Report on vaccination North-West Frontier Province 1904-1922 - 1904-1922
Year: 1904
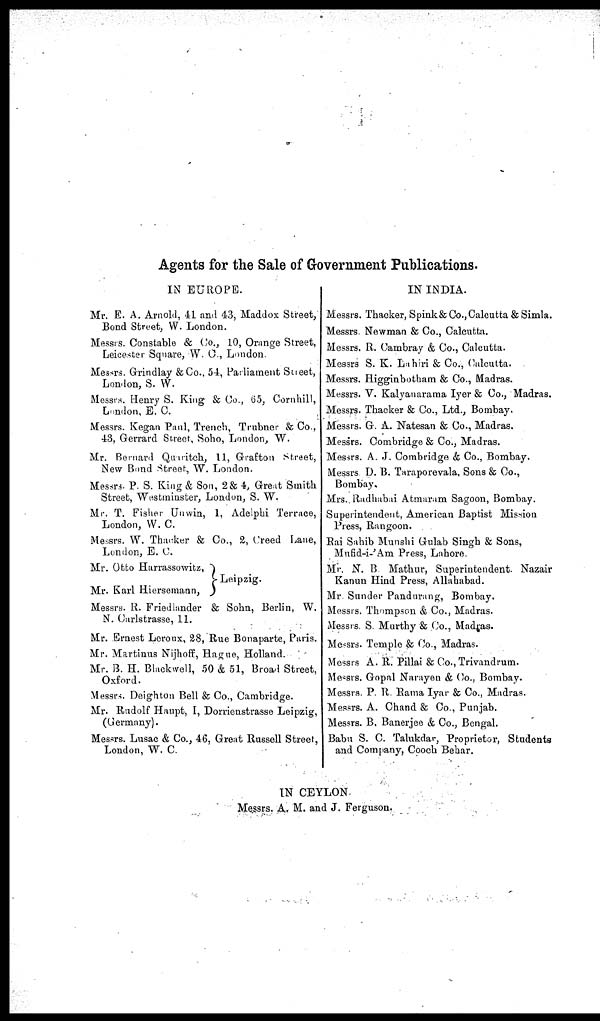
Agents for the Sale of Government Publications.
IN EUROPE.
Mr. E. A. Arnold, 41 and 43, Maddox Street,
Bond Street, W. London.
Messrs. Constable & Co., 10, Orange Street,
Leicester Square, W. C., London
Messrs. Grindlay & Co., 54, Parliament Street,
London, S. W.
Messrs. Henry S. King & Co., 65, Cornhill,
London, E. C.
Messrs. Kegan Paul, Trench, Trubner & Co.,
43, Gerrard Street, Soho, London, W.
Mr. Bernard Quaritch, 11, Grafton Street,
New Bond Street, W. London.
Messrs. P. S. King & Son, 2 & 4, Great Smith
Street, Westminster, London, S. W.
Mr. T. Fisher Unwin, 1, Adelphi Terrace,
London, W. C.
Messrs. W. Thacker & Co., 2, Creed Lane,
London, E. C.
Mr. Otto Harrassowitz,
Mr. Karl Hiersemann,
Leipzig.
Messrs. R. Friedlander & Sohn, Berlin, W.
N. Carlstrasse, 11.
Mr. Ernest Leroux, 28, Rue Bonaparte, Paris.
Mr. Martinus Nijhoff, Hague, Holland.
Mr. B. H. Blackwell, 50 & 51, Broad Street,
Oxford.
Messrs. Deighton Bell & Co., Cambridge.
Mr. Rudolf Haupt, I, Dorrienstrasse Leipzig,
(Germany).
Messrs. Lusac & Co., 46, Great Russell Street,
London, W. C.
IN INDIA.
Messrs. Thacker, Spink & Co., Calcutta & Simla.
Messrs. Newman & Co., Calcutta.
Messrs. R. Cambray & Co., Calcutta.
Messrs. S. K. Lahiri & Co., Calcutta.
Messrs. Higginbotham & Co., Madras.
Messrs. V. Kalyanarama Iyer & Co., Madras.
Messrs. Thacker & Co., Ltd., Bombay.
Messrs. G. A. Natesan & Co., Madras.
Messrs. Combridge & Co., Madras.
Messrs. A. J. Combridge & Co., Bombay.
Messrs. D. B. Taraporevala, Sons & Co.,
Bombay.
Mrs. Radhabai Atmaram Sagoon, Bombay.
Superintendent, American Baptist Mission
Press, Rangoon.
Rai Sahib Munshi Gulab Singh & Sons,
Mufid-i-'Am Press, Lahore.
Mr. N. B Mathur, Superintendent Nazair
Kanun Hind Press, Allahabad.
Mr Sunder Pandurang, Bombay.
Messrs. Thompson & Co., Madras.
Messrs. S. Murthy & Co., Madras.
Messrs. Temple & Co., Madras.
Messrs. A. R. Pillai & Co., Trivandrum.
Messrs. Gopal Narayen & Co., Bombay.
Messrs. P. R. Rama Iyar & Co., Madras.
Messrs. A. Chand & Co., Punjab.
Messrs. B. Banerjee & Co., Bengal.
Babu S. C. Talukdar, Proprietor, Students
and Company, Cooch Behar.
IN CEYLON
Messrs. A. M. and J. Ferguson.